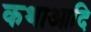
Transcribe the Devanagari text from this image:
कथाआदि